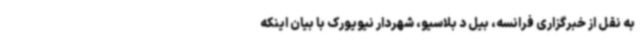
به نقل از خبرگزاری فرانسه، بیل د بلاسیو، شهردار نیویورک با بیان اینکه